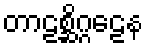
တာဠစ္ဆိဂ္ဂဠေန